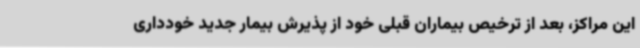
این مراکز، بعد از ترخیص بیماران قبلی خود از پذیرش بیمار جدید خودداری